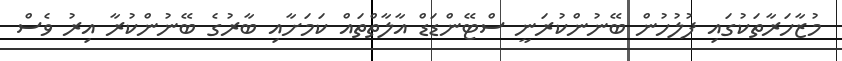
މުޒާހަރާތަކުގައި ފުލުހުން ބޭނުންކުރަނީ ސްޓޭންޑަޑް އާލާތްތައް ކަމަށާއި ބާރުގެ ބޭނުންކުރާ އިރު ވެސް